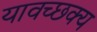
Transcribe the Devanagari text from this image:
यावच्छक्य